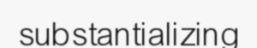
substantializing